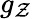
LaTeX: g_{\mathcal{Z}}